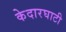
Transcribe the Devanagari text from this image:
केदारघाटी